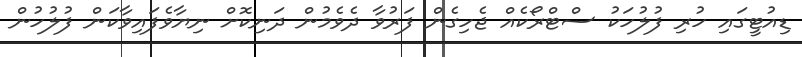
ޑިއުޓީގައި ހުރި ފުލުހަކު ސްޓްރޯކެއް ޖެހިގެން ފަރުވާ ދެވެމުން ދަނިކޮށް ނިޔާވެފައިވާކަން ފުލުހުން